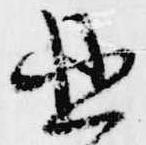
亞